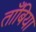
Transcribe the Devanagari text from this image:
ताँबिया